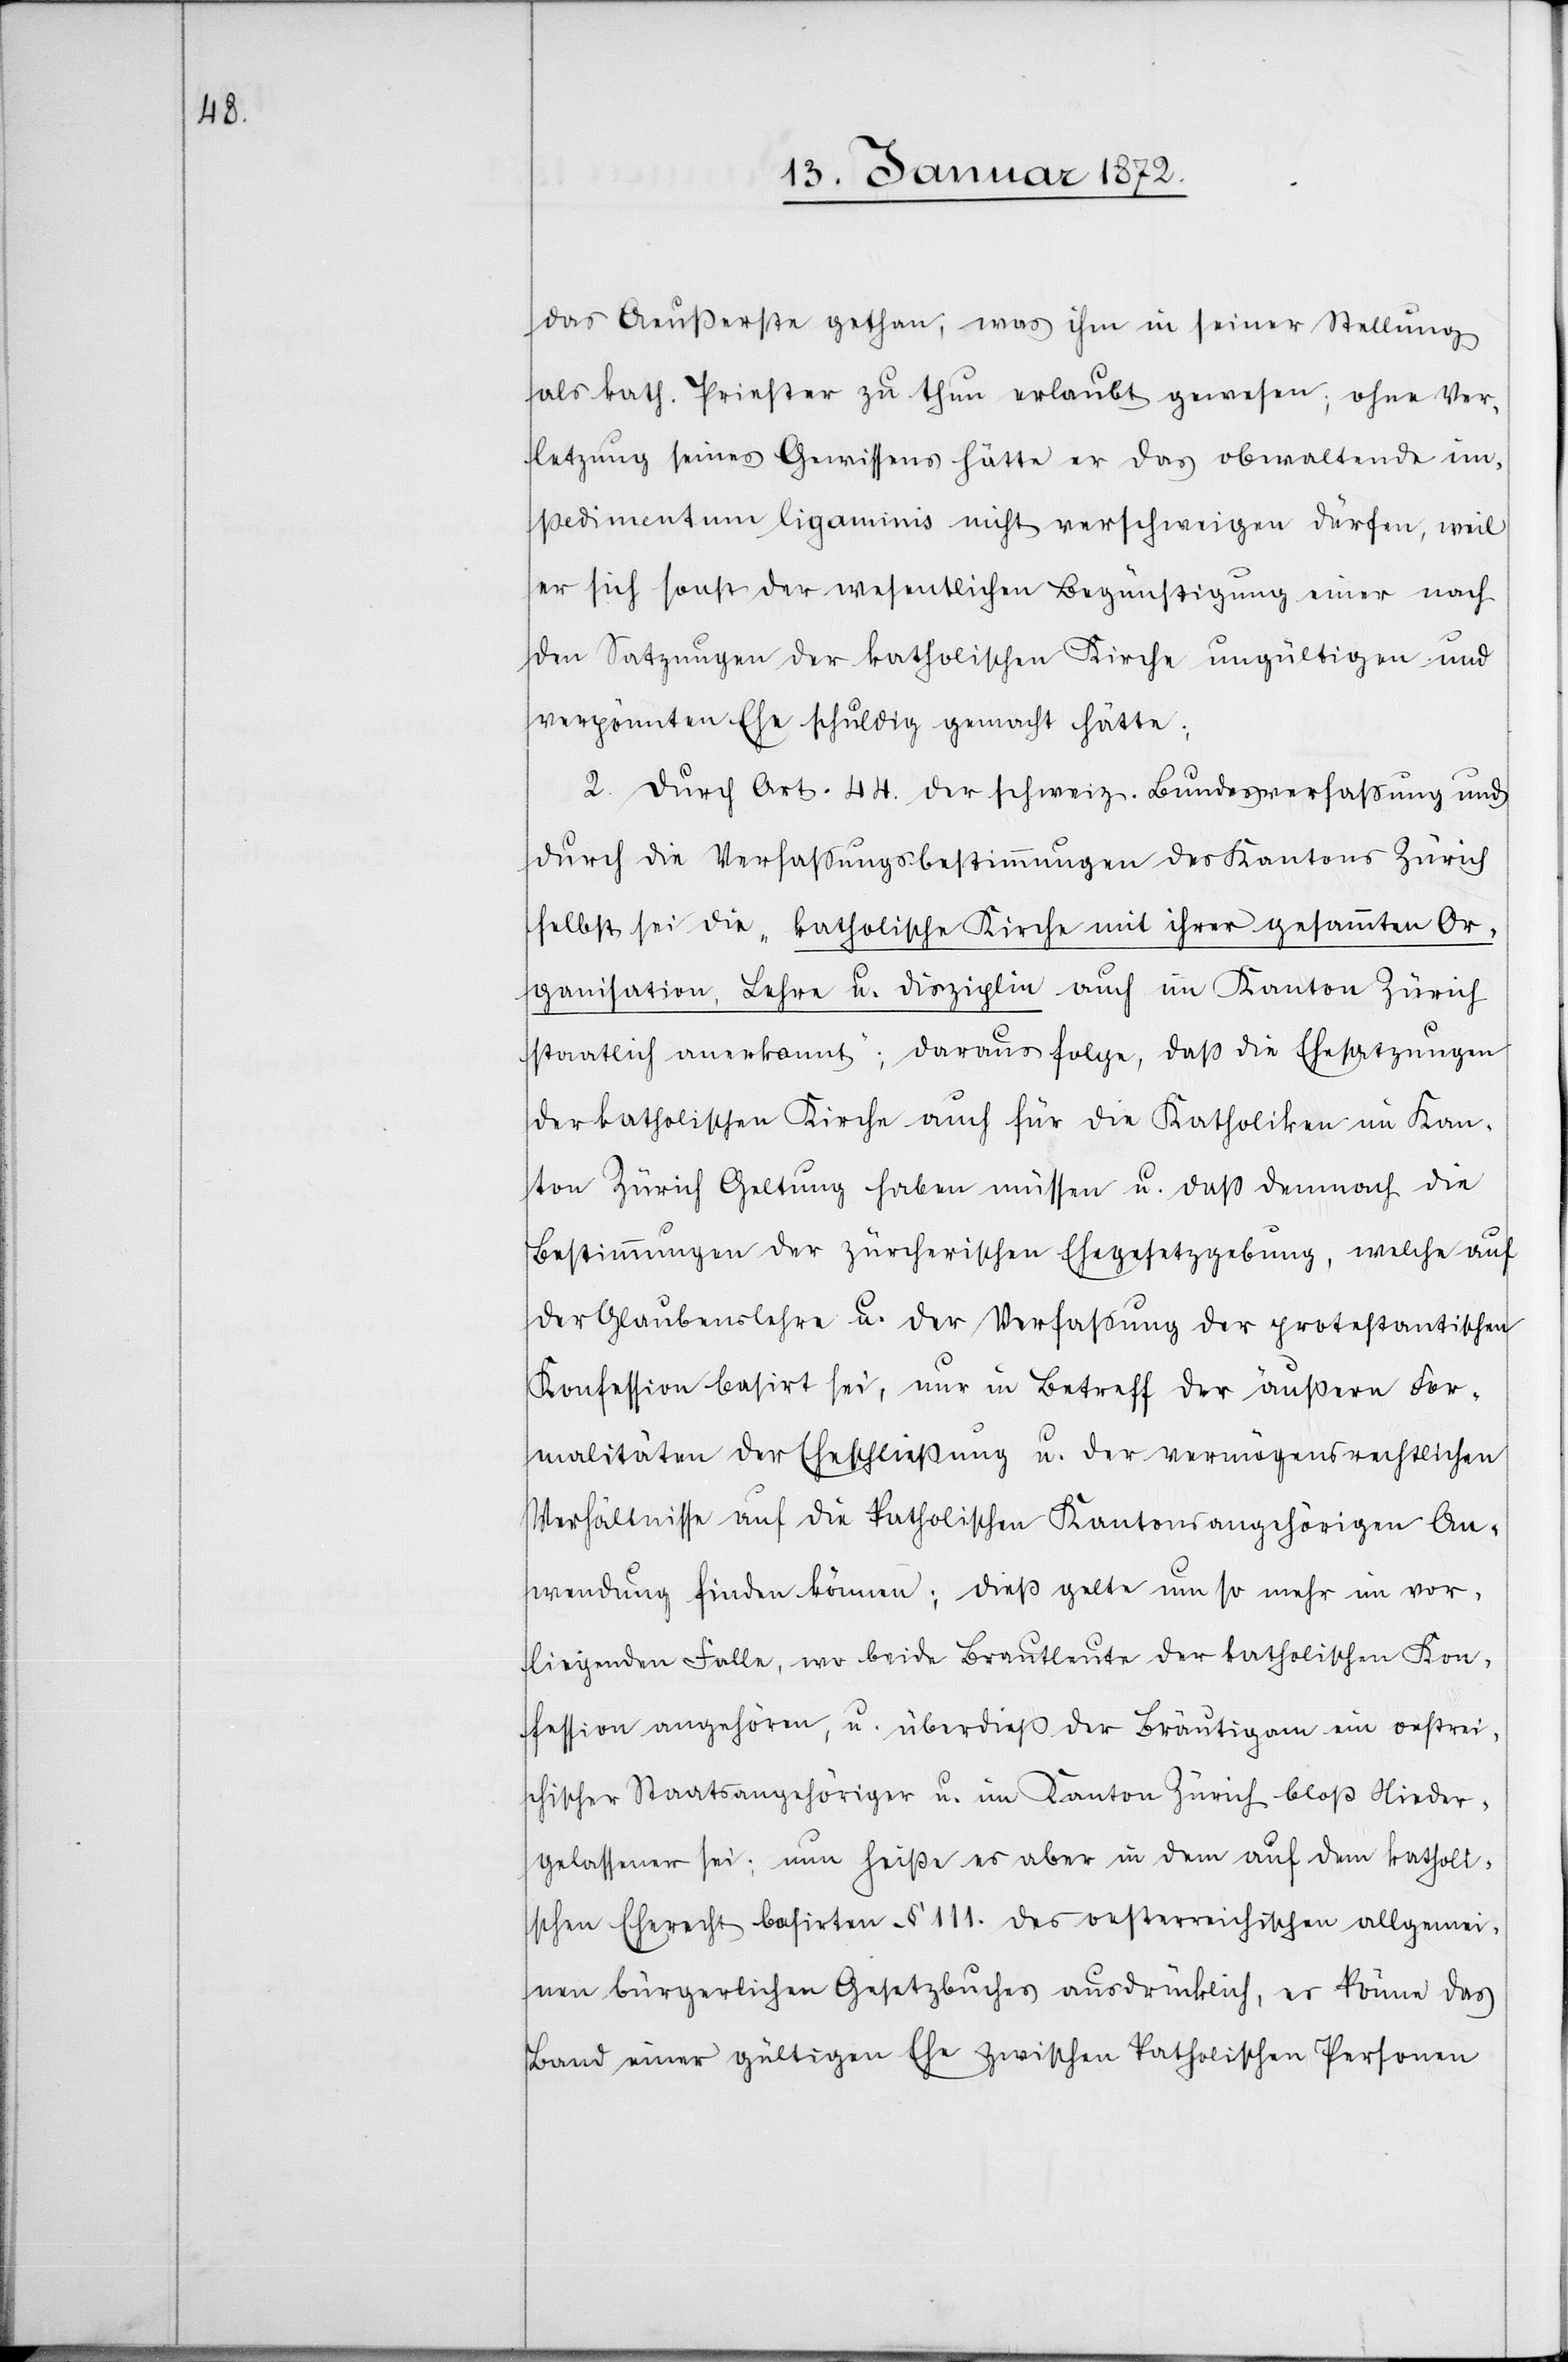
das Aeußerste gethan, was ihm in seiner Stellung
als kath. Priester zu thun erlaubt gewesen; ohne Ver¬
letzung seines Gewissens hätte er das obwaltende im¬
pedimentum ligaminis nicht verschweigen dürfen, weil
er sich sonst der wesentlichen Begünstigung einer nach
den Satzungen der katholischen Kirche ungültigen und
verpönnten Ehe schuldig gemacht hätte;
2. Durch Art. 44. der schweiz. Bundesverfassung und
durch die Verfassungsbestimmungen des Kantons Zürich
selbst sei die „katholische Kirche mit ihren gesammten Or¬
ganisation, Lehre u. Disziplin auch im Kanton Zürich
staatlich anerkannt“; daraus folge, daß die Ehesatzungen
der katholischen Kirche auch für die Katholiken im Kan¬
ton Zürich Geltung haben müssen u. daß demnach die
Bestimmungen der zürcherischen Ehegesetzgebung, welche auf
der Glaubenslehre u. der Verfassung der protestantischen
Konfession basirt sei, nur in Betreff der äußern For¬
malitäten der Eheschließung u. der vermögensrechtlichen
Verhältnisse auf die katholischen Kantonsangehörigen An¬
wendung finden können; dieß gelte um so mehr im vor¬
liegenden Falle, wo beide Brautleute der katholischen Kon¬
fession angehören, u. überdieß der Bräutigam ein oestrei¬
chischer Staatsangehöriger u. im Kanton Zürich bloß Nieder¬
gelassener sei; nun heiße es aber in dem auf dem katholi¬
schen Eherecht basirten § 111. des oesterreichischen allgemei¬
nen bürgerlichen Gesetzbuches ausdrücklich, es könne das
Band einer gültigen Ehe zwischen katholischen Personen